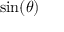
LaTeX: \displaystyle \sin ( \theta )